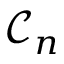
\ensuremath { { \mathcal { C } } } _ { n }